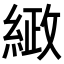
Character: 𮈤